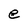
Character: e